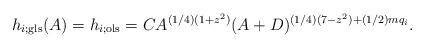
LaTeX: \begin{align*}h_{i;{\mathrm{gls}}}(A)=h_{i;{\mathrm{ols}}}=CA^{({1}/{4})(1+z^2)}(A+D)^{({1}/{4})(7-z^2)+({1}/{2})mq_i}.\end{align*}